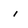
Character: i